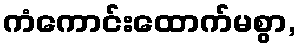
ကံကောင်းထောက်မစွာ,